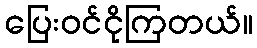
ပြေးဝင်ငိုကြတယ်။